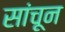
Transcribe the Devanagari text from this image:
सांचून